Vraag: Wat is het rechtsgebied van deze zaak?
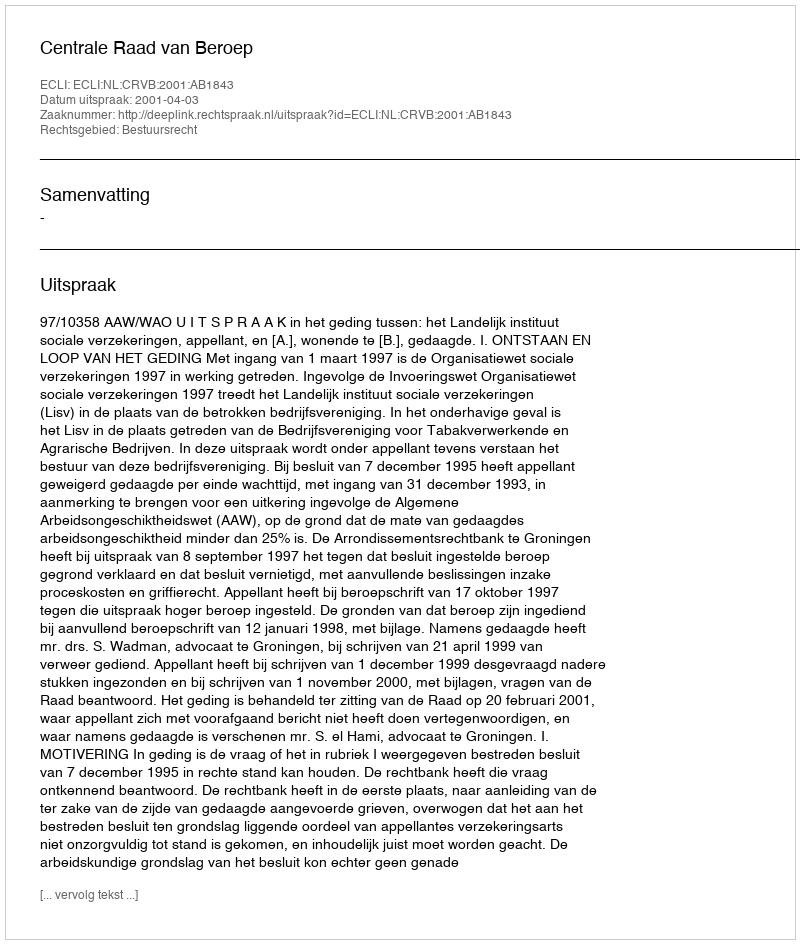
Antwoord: Bestuursrecht